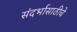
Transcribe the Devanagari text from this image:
संदर्भासाठीचे